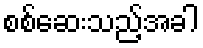
စစ်ဆေးသည့်အခါ